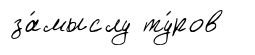
за́мыслу ту́ров